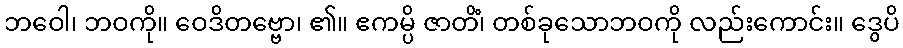
ဘဝေါ၊ ဘဝကို။ ဝေဒိတဗ္ဗော၊ ၏။ ဧကမ္ပိ ဇာတိံ၊ တစ်ခုသောဘဝကို လည်းကောင်း။ ဒွေပိ